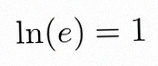
\ln(e)=1